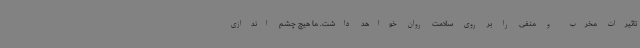
تاثیرات مخرب و منفی را بر روی سلامت روان خواهد داشت. ما هیچ چشم اندازی